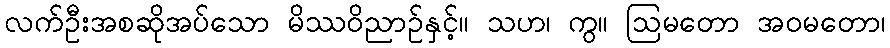
လက်ဦးအစဆိုအပ်သော မိဿဝိညာဉ်နှင့်။ သဟ၊ ကွ။ ဩမတော အဝမတော၊